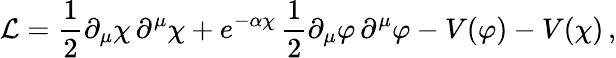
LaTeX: {\cal L}=\frac{1}{2}\partial_{\mu}\chi\, \partial^{\mu}\chi+e^{-\alpha\chi}\, \frac{1}{2}\partial_{\mu}\varphi\, \partial^{\mu}\varphi-V(\varphi)-V(\chi)\, ,